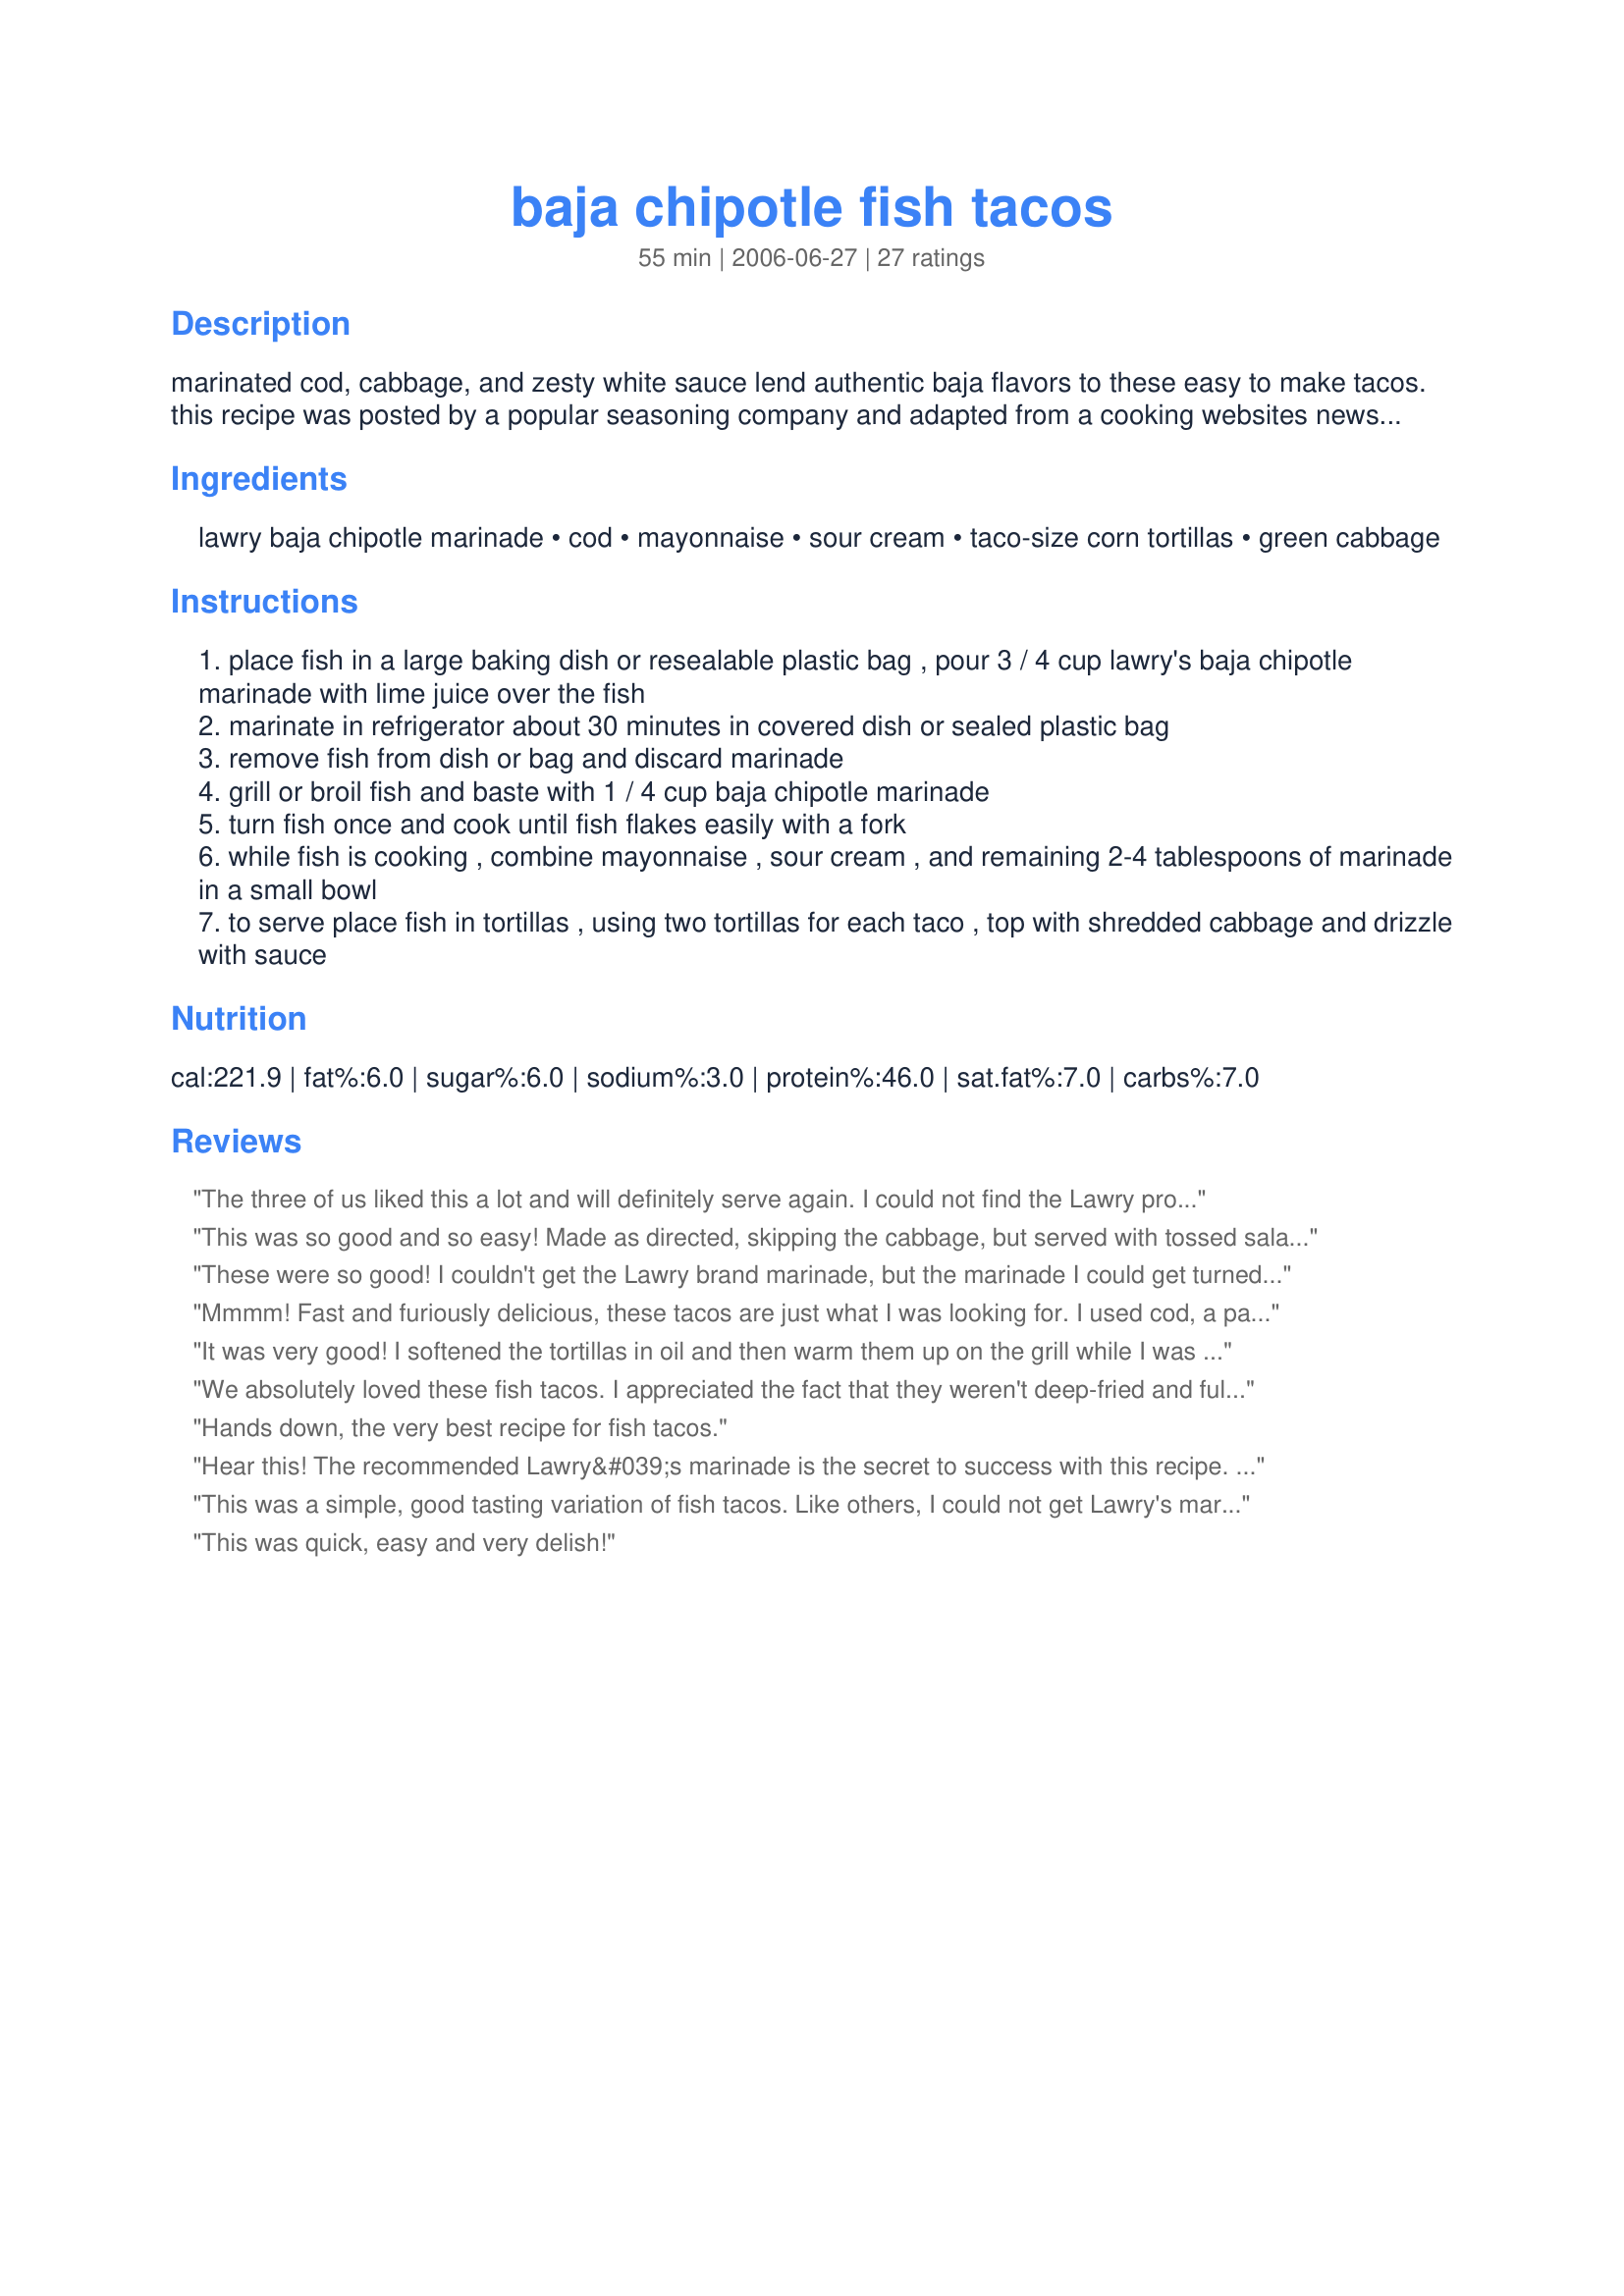
baja chipotle fish tacos
Preparation time: 55 minutes

marinated cod, cabbage, and zesty white sauce lend authentic baja flavors to these easy to make tacos. this recipe was posted by a popular seasoning company and adapted from a cooking websites newsletter. included in the 2006 zaar world tour - mexico.

Ingredients:
lawry baja chipotle marinade, cod, mayonnaise, sour cream, taco-size corn tortillas, green cabbage

Steps:
place fish in a large baking dish or resealable plastic bag , pour 3 / 4 cup lawry's baja chipotle marinade with lime juice over the fish
marinate in refrigerator about 30 minutes in covered dish or sealed plastic bag
remove fish from dish or bag and discard marinade
grill or broil fish and baste with 1 / 4 cup baja chipotle marinade
turn fish once and cook until fish flakes easily with a fork
while fish is cooking , combine mayonnaise , sour cream , and remaining 2-4 tablespoons of marinade in a small bowl
to serve place fish in tortillas , using two tortillas for each taco , top with shredded cabbage and drizzle with sauce

Reviews:
The three of us liked this a lot and will definitely serve again. I could not find the Lawry product so bought one envelope of a Durkee chipotle marinade and added 1 teaspoon of lime juice to the marinade. I broiled the fish about 4 minutes per side. DS thought we should have added tomato and cheese, and next time will do so. I see that the NF do not include the marinade nor tortillas so wonder what the fat and sodium levels are? Made for Everyday is a Holiday. Thanks Lauralie41 for posting a keeper.
This was so good and so easy! Made as directed, skipping the cabbage, but served with tossed salad. Dinner in a jiffy! Thanks for sharing!
These were so good! I couldn't get the Lawry brand marinade, but the marinade I could get turned out good. I added red onions, tomatoes and cilantro to the mayo/sour cream mix. I made them once as tacos and then I made them again, except I added extra cabbage, tore the tortillas into strips and made extra of the mayo/sour cream mix and made a salad out of them. I think I like them even better that way!
Mmmm! Fast and furiously delicious, these tacos are just what I was looking for. I used cod, a package of bagged slaw (cabbage) mix and also fried the corn tortillas for less than a minute each just so they were cooked, but still plenty pliable. These are really tasty and the only thing I might add would be an additional drizzle of lime and maybe a bit of avocado or guacamole if I was in the mood. Thanks for the great recipe, Lauralie41!
It was very good! I softened the tortillas in oil and then warm them up on the grill while I was grilling the fish. I might add some cilantro next time and lime juice. Thank you Lauralie41
We absolutely loved these fish tacos. I appreciated the fact that they weren't deep-fried and full of fat! The Lawry's marinade is very tasty and flavors the fish well. I LOVED the sauce combination of flavors, using just 2 T. of the marinade. We used flour tortillas and pacakaged coleslaw mix. This is an easy, fast, healthy and delicious meal...on the table in minutes. I broiled my fish approx. 4 min. per side.
Hands down, the very best recipe for fish tacos.
Hear this! The recommended Lawry&#039;s marinade is the secret to success with this recipe. I used two frozen tilapia loins and put them in the fridge with the marinade a day ahead. Mixed up some sauce with light Miracle Whip/FF greek yogurt/chipotle salsa (a jar from the store) and a salsa mixture of diced tomato/avocado/green onion/jalapeno pepper/salt/lime juice. I pulled the fish out of the marinade and dredged in flour/corn meal mixture before frying in a bit of canola oil (5 min per side). After draining on paper towel, I used a fork to shred into chunks, and then placed on microwave warmed corn/flour blend tortillas, topped with shredded cabbage and the sauce and salsa. My DH said they were the best fist tacos ever, and he compares everything to Wahoo&#039;s from SoCal. Thanks for the recipe laralie41!
This was a simple, good tasting variation of fish tacos. Like others, I could not get Lawry's marinade, and used another brand instead. I used both Talapia and cod and much preferred the cod in this dish. I also topped with lite cheddar shreds, and some finely chopped tomato. Served with "Recipe #202416"
This was quick, easy and very delish!
Great tacos that were very easy. I did mine in a pan with the sauce. Served with Mexican kale salad.
i love white fish i could eat it every day.
This is a really tasty dish that the kids, my wife and I loved. I deviated from it quite a bit but instead of creating a new recipe, thought I'd add my notes here.
I marinated the cod overnight and it wasn't overpowering so no need to worry about that.
I cooked the fish on my Foreman grill and it turned out great and it was quick quick quick (make certain to spray some Pam on the Foreman first!!!)
I made some Zatarain's New Orleans Style Yellow rice and some corn and mixed them together with the fish.
Then I put the fish/corn/rice mixture into big tortillas and made burritos. It was awesome.
Bon Appetit!
I absolutely loved the sauce made from the marinade, mayonnaise and sour cream. I can see using this in a number of ways. The corn tortillas, however, tasted kind of raw after being only warmed up. I think they need to be fried or perhaps flour tortillas need to be used. I used two per taco, but the tacos still fell apart when we ate them. Maybe the pre-fried and -shaped, hard, corn tortilla shells would be better. Or perhaps I had substandard tortillas? Broiling can take from 4 - 12 minutes depending on the thickness of your fish. My cod fillets were done in a brief 4!
I don't even know where to begin with the reasons that I LOVED these tacos! I've never tried the fried stuff from the taco trucks and I don't think I would want to now after I had these. To prepare them, I took the advice of other reviewers and marinated the fish for about 3 hours and I think I could have just eaten the fish by itself because the Lawry's marinade was fantastic. I had no cod on hand so I used flounder since it seems to be a milder fish and I had no problems. I cut the filets in half lengthwise before I put them in the marinade, thinking that each taco would have a half on it. I opted to broil it on a foil lined cookie sheet for about 5 minutes per side and totally forgot about shrinkage. The filets were tiny so we used 1 whole filet per taco. I served it with shredded cabbage (the crunch it added was amazing and I think I will even be using it on regular tacos now), black beans, homemade Spanish rice, shredded Mexican blend cheese and the chipotle sauce. For the sauce, I used Hellman's canola oil mayo (to cut down on fat and cholesterol) and nonfat Greek yogurt instead of sour cream (to save some fat and add protein). The sauce tasted EXACTLY like the Taco Bell Chipotle Sauce that we have been buying from the grocery store for years and it cost a lot less and has to have a better nutritional value. After we used the sauce we made for dinner, I whipped up a double batch to keep in the fridge to use on sandwiches and other things. Sorry about the long winded review, but this is honestly one of my new favorite foods. I see myself making these tacos at least once every week because everyone loved them, even though they all swear that they hate fish. Thank you so much for posting!
This was surprisingly easy and very good. I used a large grill pan to grill the fish. Don't miss this recipe!!!
This was a fun dish! I used the Lawry's for the marinade and dressing. I went for the minimum of 30 minutes to marinade the fish. The fish was not terribly flavorful to me so I think I'd marinate longer in the future. I used a pre-shredded bag of coleslaw to save effort, heated the tortillas in the toaster and skipped the sour cream in the dressing. Despite my shortcuts it was delicioso! My husband said these fish tacos were much better than those from our local Mexican eatery. I'll definitely do these again!
Taco truck tacos are some of the best in the world! Also, I make fish tacos a lot and here is how. I cut the fish in bite size pieces, mix flour, fine cornmeal, cornstarch and salt and pepper, coat them, fry them, drain them and serve them. If your oil is hot enough your fish will not come out oily. I take the bite size pieces and put them in a tortilla that has been steamed 10 seconds per tortilla in the tortilla warmer or fry 5 or 6 at a time in olive oil flipping and rotating them until they are done. With the fish snug in the tortilla, I top it with mayo sauce, and fresh pico de gallo. For the sauce I use Hellmann&#039;s mayonnaise, and add chile powder, salt, cumin and oregano plus some sweet pickle relish (mix thoroughly), ( comes out like spicy tartar sauce) Add a little ketchup if you like a little tang. It comes out a little like a spicy Thousand Island dressing. Pico de gallo: Chop seeded tomatoes, green part of spring onions, one bunch of cilantro.
Can anyone tell me where to buy the marinade for the fish? Is it in Canada or the US? Thansk
Can I give this 100 Stars??? OMG this is sooo good! We love the sauce, the marinade - everything. I do change this up a bit though. We prefer broccoli slaw - hubby doesn't like cabbage. Also, I sometimes use the large flour tortillas and fry them into bowls, using a slotted metal spoon to keep them indented. I use veggie oil and it takes only seconds to create. Thanks for this recipe that I make over and over again.
These were pretty flavorless. If I try them again, I would definitely add more flavor and spice to them as some of the comments recommended, but as they are in the recipe they are pretty boring. The marinade didn&#039;t add much flavor at all. I really wanted these to be awesome.
I could not find the Lawry marinade at my grocery store, so I skipped it. Instead, I tossed the fish with olive oil and taco seasoning. I also added radishes with my cabbage. The recipe didn't say anything about frying the tortillas in oil which I did because I don't like corn tortillas straight from the bag. I friend them in a tiny bit of oil for about 15 seconds per side. These little tacos were fantastic! Will definately make these again.
Excellent meal! I made it as is, except that I marinated the cod about 2 hours and used whole wheat flour tortillas. The flavor of the sauce is to die for. I wavered on the mayo because I'm a not fan of it but when with "try the recipe as is - then tweak" and am very glad that I didn't mess with it. This was and easy and very tasty meal. It's a keeper.
This was very good! I used flour tortillas instead of corn and it was delcious! I will definitely keep this recipe in the circulation.
This was fabulous. Just a perfect blend of flavors. The whole family went nuts over this.&lt;br/&gt;&lt;br/&gt;I have heard people rave about fish tacos, but I had never had them. Most recipes have cilantro which we don&#039;t like. So I tried this recipe. We used Swai for the fish and we made cole slaw instead of just cabbage. I sliced up some avocado to put in it too. Some tartar sauce instead of the white sauce. So, it was a little different than the basic recipe. But this recipe goes into the recipe box.
LOVED these! Also made a cilantro sauce to put on them. SOOOO good!!!
I have always wanted to order these out, but always been a little worried that I wouldn't like them once I did. Now I don't have to worry about that, I can just fix these at home. Prep is so simple and I need recipes like this with so much other stuff taking up time. LOL I need to look harder for the right marinade, but just did my own thing with some Penzey's stuff. Shhhh, don't tell Lawry's! Thanks for an asset to the recipe box, Lauralie!
